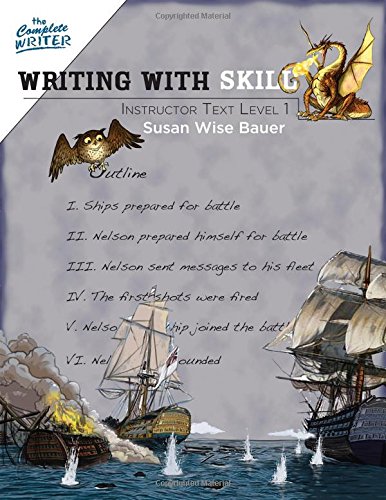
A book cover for Writing With Skill, Level 1: Instructor Text (The Complete Writer); Susan Wise Bauer; Education & Teaching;